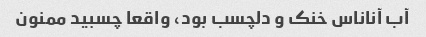
آب آناناس خنک و دلچسب بود، واقعا چسبید ممنون